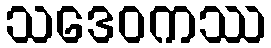
သဒေဝကဿ